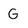
Character: G